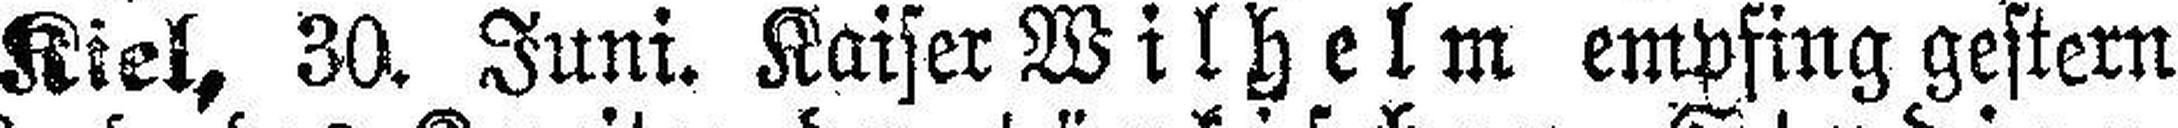
Kiel, 30. Juni. Kaiser Wilhelm empfing gestern